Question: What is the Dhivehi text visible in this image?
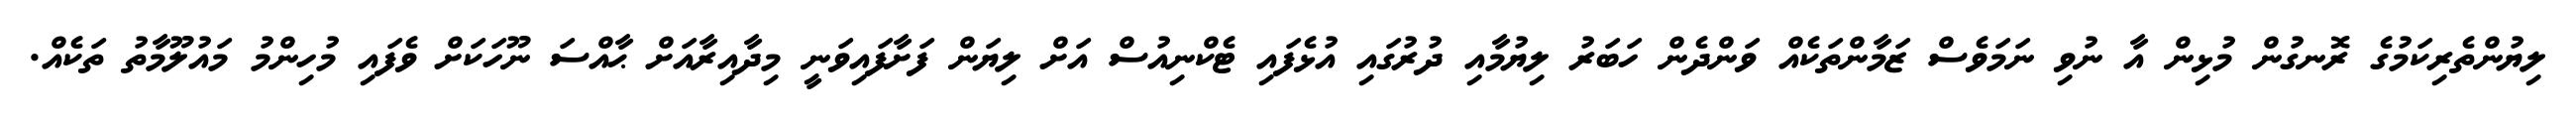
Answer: ލިޔުންތެރިކަމުގެ ރޮނގުން މުޅިން އާ ނުވި ނަމަވެސް ޒަމާންތަކެއް ވަންދެން ހަބަރު ލިޔުމާއި ދުރުގައި އުޅެފައި ޓެކްނިއުސް އަށް ލިޔަން ފަށާފައިވަނީ މިދާއިރާއަށް ޙާއްސަ ނޫހަކަށް ވެފައި މުހިންމު މައުލޫމާތު ތަކެއް.